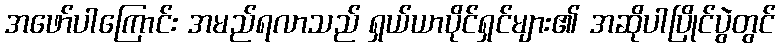
အဖော်ပါကြောင်း အမည်ရလာသည် ရှယ်ယာပိုင်ရှင်များ၏ အဆိုပါပြိုင်ပွဲတွင်